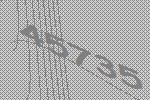
45735